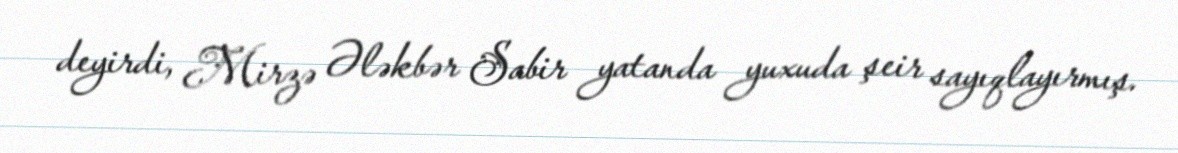
deyirdi, Mirzə Ələkbər Sabir yatanda yuxuda şeir sayıqlayırmış.